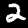
Digit: 2